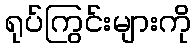
ရုပ်ကြွင်းများကို